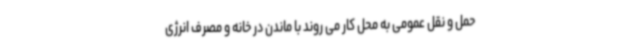
حمل و نقل عمومی به محل کار می روند با ماندن در خانه و مصرف انرژی